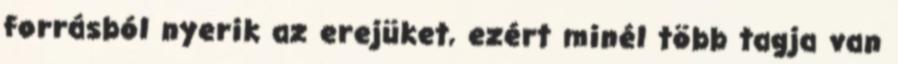
forrásból nyerik az erejüket, ezért minél több tagja van